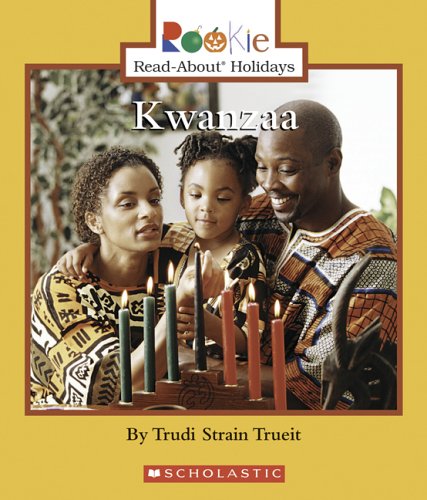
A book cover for Kwanzaa (Rookie Read-About Holidays); Trudi Strain Trueit; Children's Books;